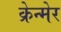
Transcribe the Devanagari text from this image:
क्रेन्मेर